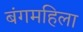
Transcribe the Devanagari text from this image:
बंगमहिला